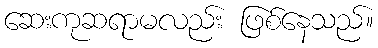
ဆေးကုဆရာမလည်း ဖြစ်နေသည်။